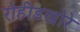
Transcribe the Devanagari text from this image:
रोहीडखोरे